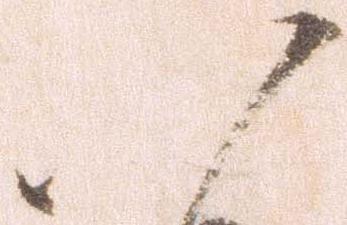
以